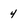
Character: 4